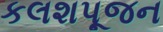
કલશપૂજન